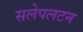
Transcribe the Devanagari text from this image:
सलेपलटन